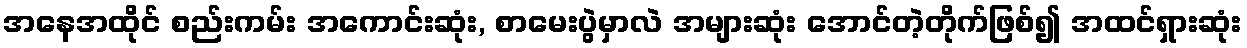
အနေအထိုင် စည်းကမ်း အကောင်းဆုံး, စာမေးပွဲမှာလဲ အများဆုံး အောင်တဲ့တိုက်ဖြစ်၍ အထင်ရှားဆုံး